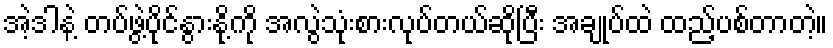
အဲ့ဒါနဲ့ တပ်ဖွဲ့ပိုင်နွားနို့ကို အလွဲသုံးစားလုပ်တယ်ဆိုပြီး အချုပ်ထဲ ထည့်ပစ်တာတဲ့။